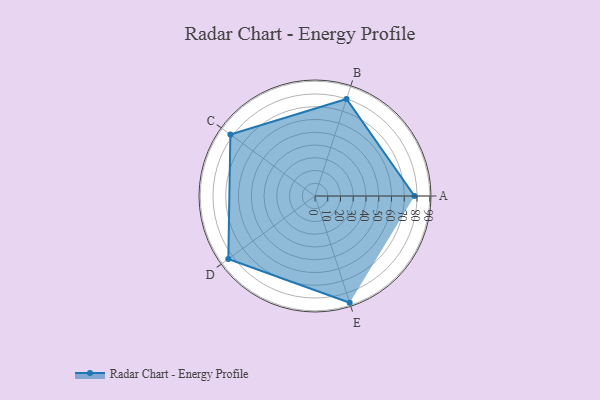
{"axis": {"x": "Skill", "y": "Score"}, "legend": ["Profile"], "data": [{"x": "A", "y": 78.0, "type": "Profile"}, {"x": "B", "y": 80.0, "type": "Profile"}, {"x": "C", "y": 82.0, "type": "Profile"}, {"x": "D", "y": 84.0, "type": "Profile"}, {"x": "E", "y": 88.0, "type": "Profile"}]}